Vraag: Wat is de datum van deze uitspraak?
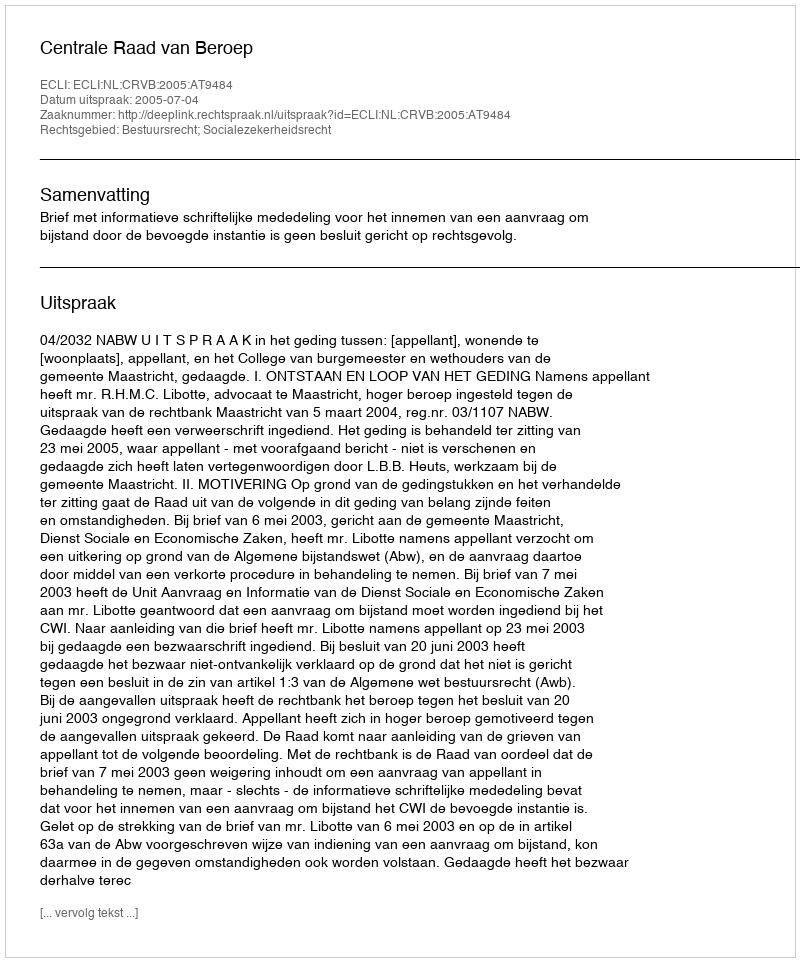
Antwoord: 2005-07-04